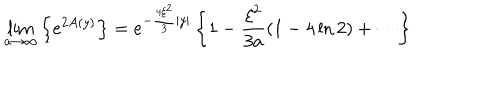
\lim _ { a \rightarrow \infty } \left\{ e ^ { 2 A ( y ) } \right\} = e ^ { - \frac { 4 \xi ^ { 2 } } { 3 } | y | } \left\{ 1 - \frac { \xi ^ { 2 } } { 3 a } ( 1 - 4 \ln 2 ) + \cdots \right\}